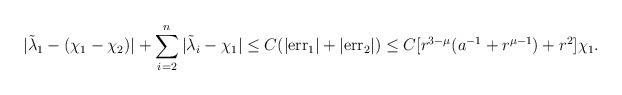
LaTeX: \begin{align*}|\tilde\lambda_1 - (\chi_1 - \chi_2)| + \sum_{i=2}^n |\tilde\lambda_i - \chi_1|\leq C(|\textrm{err}_1| + |\textrm{err}_2|) \leq C[r^{3-\mu}(a^{-1} + r^{\mu -1}) + r^2]\chi_1.\end{align*}